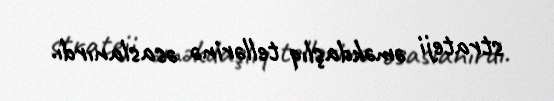
strateji əməkdaşlıq tellərinə əsaslanırdı.